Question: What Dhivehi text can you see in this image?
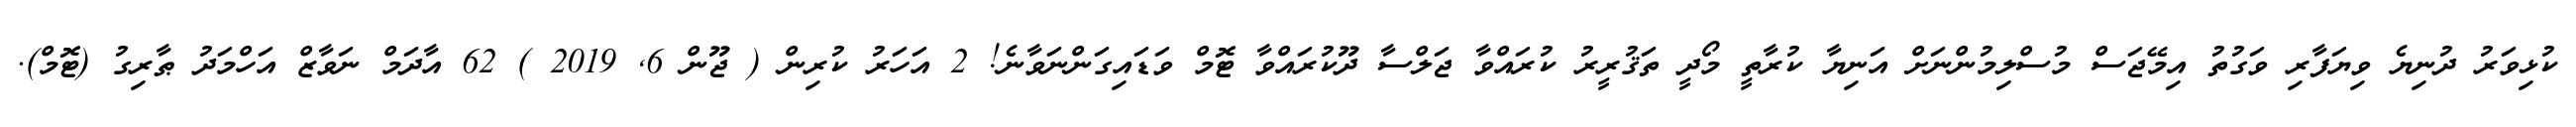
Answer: ކުޅިވަރު ދުނިޔެ ވިޔަފާރި ވަގުތު އިމޭޖަސް މުސްލިމުންނަށް އަނިޔާ ކުރާތީ މޯދީ ތަޤުރީރު ކުރައްވާ ޖަލްސާ ދޫކުރައްވާ ޓޮމް ވަޑައިގަންނަވާނެ! 2 އަހަރު ކުރިން ( ޖޫން 6, 2019 ) 62 އާދަމް ނަވާޒް އަހްމަދު ޠާރިގު (ޓޮމް).